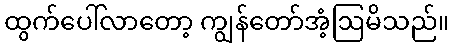
ထွက်ပေါ်လာတော့ ကျွန်တော်အံ့ဩမိသည်။